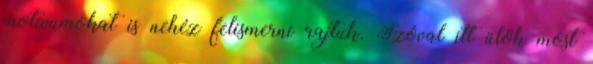
motívumokat is nehéz felismerni rajtuk. Szóval itt ülök most